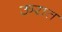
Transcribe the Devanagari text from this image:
ऊरात